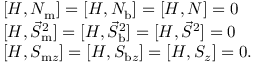
\begin{array} { r l } & { [ H , N _ { \mathrm { m } } ] = [ H , N _ { \mathrm { b } } ] = [ H , N ] = 0 } \\ & { [ H , \vec { S } _ { \mathrm { m } } ^ { 2 } ] = [ H , \vec { S } _ { \mathrm { b } } ^ { 2 } ] = [ H , \vec { S } ^ { 2 } ] = 0 } \\ & { [ H , S _ { \mathrm { m } z } ] = [ H , S _ { \mathrm { b } z } ] = [ H , S _ { z } ] = 0 . } \end{array}